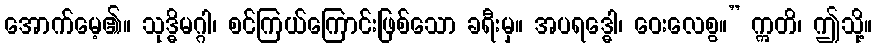
အောက်မေ့၏။ သုဒ္ဓိမဂ္ဂါ၊ စင်ကြယ်ကြောင်းဖြစ်သော ခရီးမှ။ အပရဒ္ဓေါ၊ ဝေးလေစွ။” ဣတိ၊ ဤသို့။